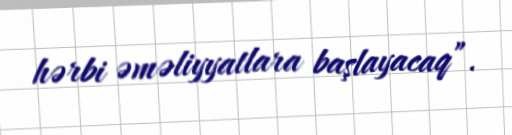
hərbi əməliyyatlara başlayacaq”.